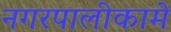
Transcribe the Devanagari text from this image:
नगरपालीकामे